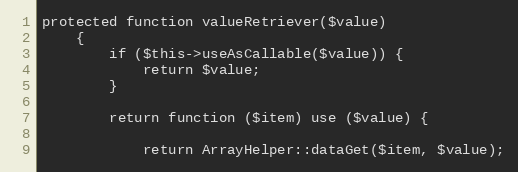
Language: PHP
protected function valueRetriever($value)
    {
        if ($this->useAsCallable($value)) {
            return $value;
        }

        return function ($item) use ($value) {

            return ArrayHelper::dataGet($item, $value);